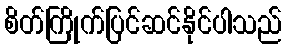
စိတ်ကြိုက်ပြင်ဆင်နိုင်ပါသည်